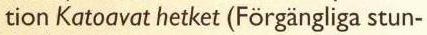
tion Katoavat hetket (Förgängliga stun-